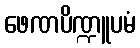
ဖေဏပိဏ္ဍူပမံ